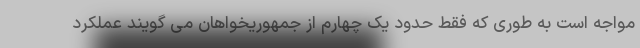
مواجه است به طوری که فقط حدود یک چهارم از جمهوریخواهان می گویند عملکرد